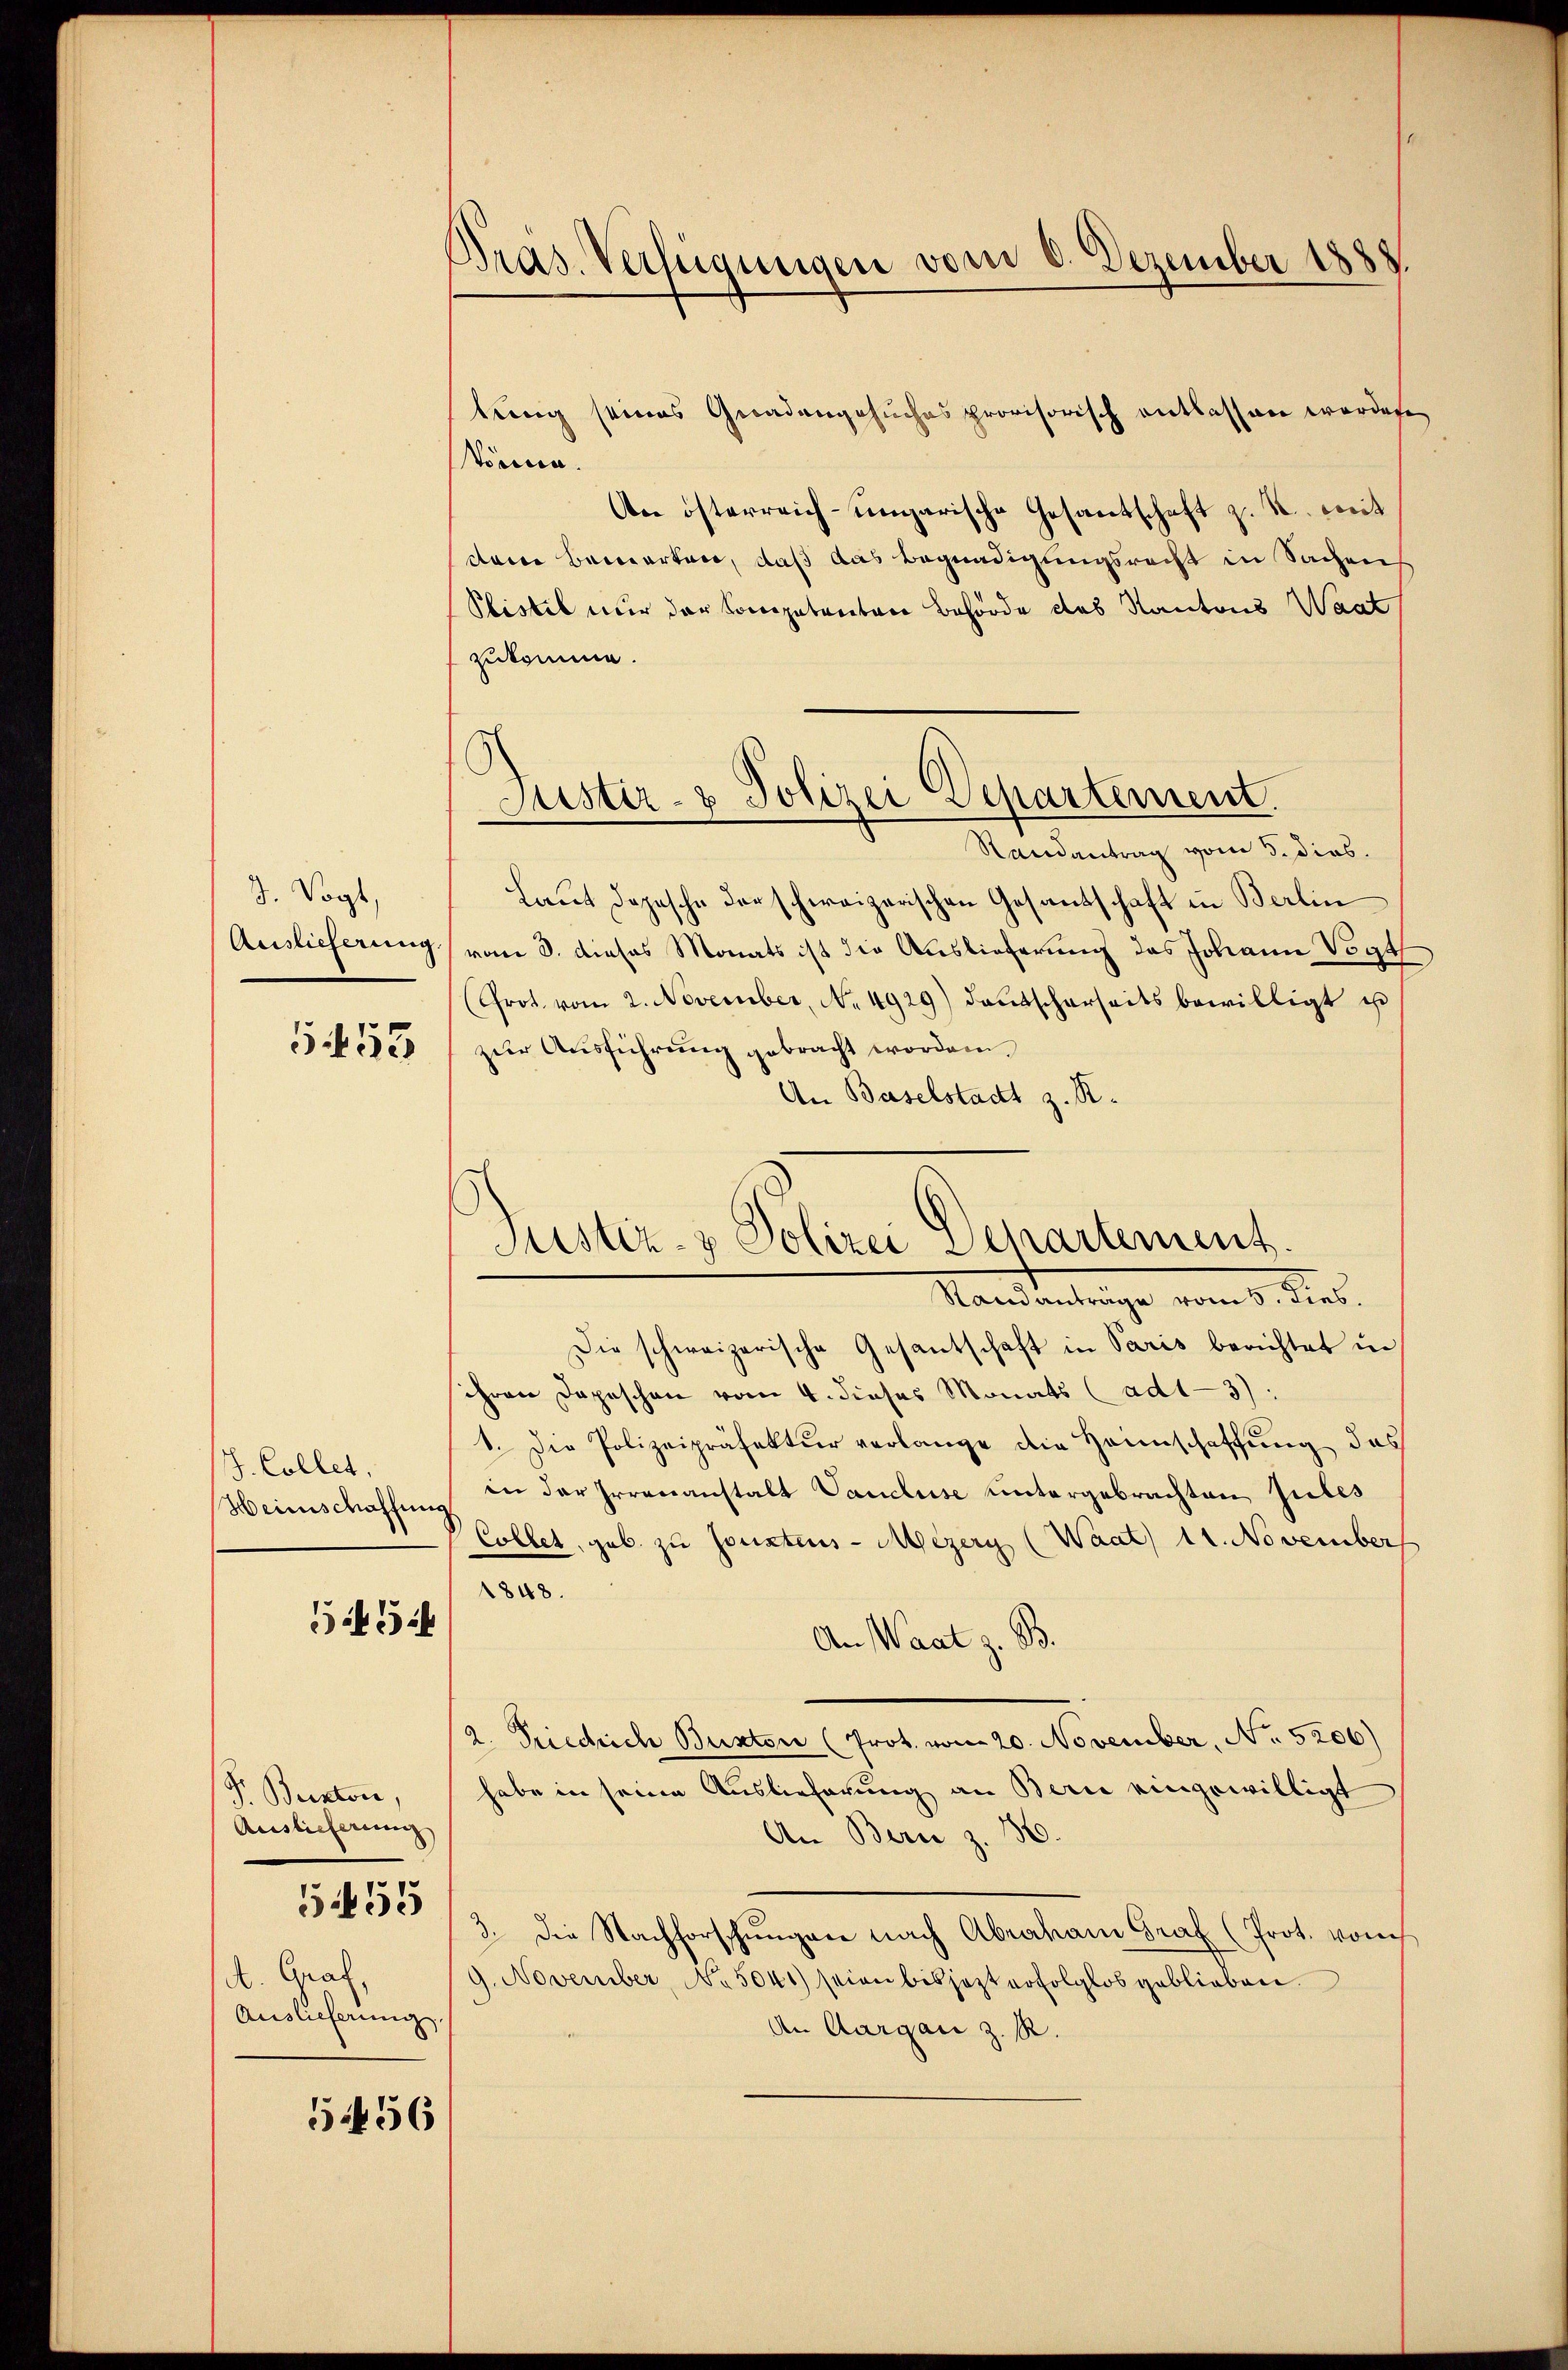
3. Vogt,
Auslieferung

553

J. Collet,
Heinschaffung

554

F. Beston,
Auslieferung
A. Graf,
Auslieferung.

5455

54456

Bras. Verfügungen vom 8. Dezember 1888.

tung seines Geradengesuches provisorisch entlassen worden
können.
An österreich-ungarische Gesandschaft z. B. mit
dare Bewarten, daß das Begnadigungsrecht in Sachen
Plistet nur der Competenten Behörde des Kantons Waat
zukomme.
Randantrag vom 5. dies
Laut Depesche darschweizerischen Gesandschaft in Berlin
vom 8. dieses Monats ist die Auslieferung des Johann Vogt
(Prot. vom 2. November, No. 4929) deutscharseits bewilligt u
zur Ausführung gebracht worden.
An Baselstadt z. R.
Standantrage vom 5. dies
Die schweizerische Gesantschaft in Paris berichtet u.
schron Depeschon vom 4. dieses Monats (ad1—3):
1. Die Polizeipräfektur verlange die Hannschaffung das
in der Irrenanstalt Vancluse untergebrachten Jules
Collet, geb. zu sonsteurs-Mezery (Waat) 11. November
1848.
An Waat z. B.
a. Friedrich Bunter (Prot. vom 20. November, No 5206)
habe in seine Auslieferung an Bern eingewilligt
An Bern z. 36.
3. Die Nachforschŭngen nach Abraham Graf (Prot. vom
9. November, No 5041) seien bis jezt erfolglos geblieben.
An Aargau z. R.

Justiz- & Polizei Departement.

Justiz- & Polizei Departement.